Report on sanitation, dispensaries, and jails in Rajputana for 1909, and on vaccination for the year 1909-1910 - 1909-1910
Year: 1909
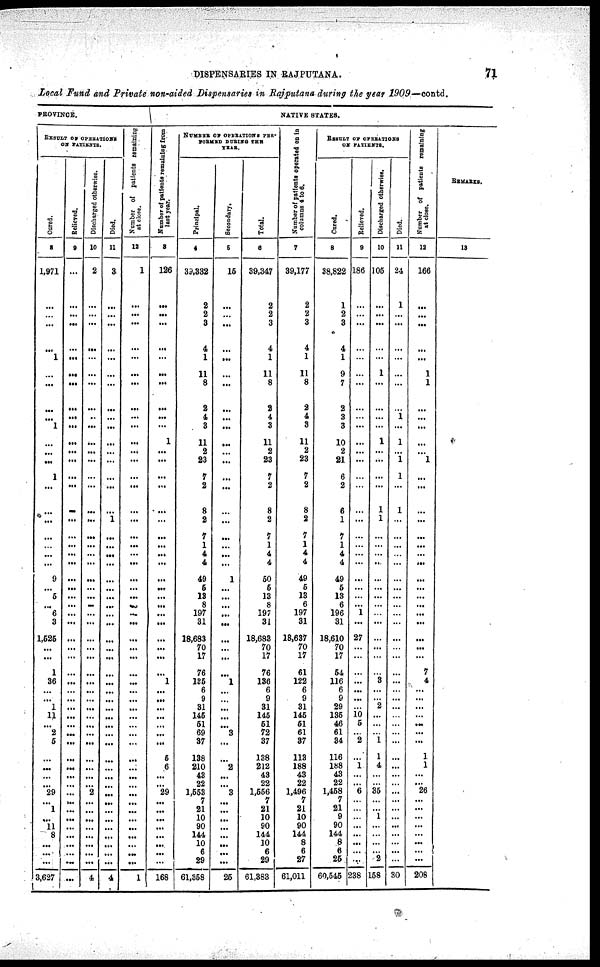
DISPENSARIES IN RAJPUTANA.
71
Local Fund and Private non-aided Dispensaries in Rajputana during the year 1909—contd.
PROVINCE.
RESULT OF OPERATIONS
ON PATIENTS.
Cured.
8
1,971
...
...
...
...
1
...
...
...
...
1
...
...
...
1
...
...
...
...
...
...
...
9
...
5
...
6
3
1,525
...
...
1
36
...
...
1
11
...
2
5
...
...
...
...
29
...
1
...
11
8
...
...
...
3,627
Relieved.
9
...
...
...
...
...
...
...
...
...
...
...
...
...
...
...
...
...
...
...
...
...
...
...
...
...
...
...
...
...
...
...
...
...
...
...
...
...
...
...
...
...
...
...
...
...
...
...
...
...
...
...
...
...
...
Discharged otherwise.
10
2
...
...
...
...
...
...
...
...
...
...
...
...
...
...
...
...
...
...
...
...
...
...
...
...
...
...
...
...
...
...
...
...
...
...
...
...
...
...
...
...
...
...
...
2
...
...
...
...
...
...
...
...
4
Died.
11
3
...
...
...
...
...
...
...
...
...
...
...
...
...
...
...
...
1
...
...
...
...
...
...
...
...
...
...
...
...
...
...
...
...
...
...
...
...
...
...
...
...
...
...
...
...
...
...
...
...
...
...
...
4
Number of patients remaining
at
close.
12
1
...
...
...
...
...
...
...
...
...
...
...
...
...
...
...
...
...
...
...
...
...
...
...
...
...
...
...
...
...
...
...
...
...
...
...
...
...
...
...
...
...
...
...
...
...
...
...
...
...
...
...
...
1
NATIVE STATES.
Number if patients remaining from
last
year.
3
126
...
...
...
...
...
...
...
...
...
...
1
...
...
...
...
...
...
...
...
...
...
...
...
...
...
...
...
...
...
...
...
1
...
...
...
...
...
...
...
5
6
...
...
29
...
...
...
...
...
...
...
...
168
NUMBER OF OPERATIONS PER¬
FORMED DURING THE
YEAR.
Principal.
4
39,332
2
2
3
4
1
11
8
2
4
3
11
2
23
7
2
8
2
7
1
4
4
49
5
18
8
197
31
18,683
70
17
76
125
6
9
31
145
51
69
37
138
210
43
22
1,553
7
21
10
90
144
10
6
29
61,358
Secondary.
5
15
...
...
...
...
...
...
...
...
...
...
...
...
...
...
...
...
...
...
...
...
...
1
...
...
...
...
...
...
...
...
...
1
...
...
...
...
...
3
...
...
2
...
...
3
...
...
...
...
...
...
...
...
25
Total.
6
39,347
2
2
3
4
1
11
8
2
4
3
11
2
23
7
2
8
2
7
1
4
4
60
5
13
8
197
31
18,683
70
17
76
136
6
9
31
145
51
72
37
138
212
43
22
1,556
7
21
10
90
144
10
6
29
61,383
Number
of patients operated on in
columns 4 to 6.
7
39,177
2
2
3
4
1
11
8
2
4
3
11
2
23
7
2
8
2
7
1
4
4
49
5
13
6
197
31
18,637
70
17
61
122
6
9
31
145
51
61
37
113
188
43
22
1,496
7
21
10
90
144
8
6
27
61,011
RESULT OF OPERATIONS
ON PATIENTS.
Cored.
8
38,822
1
2
3
4
1
9
7
2
3
3
10
2
21
6
2
6
1
7
1
4
4
49
5
13
6
196
31
18,610
70
17
54
116
6
9
29
135
46
61
34
116
188
43
22
1,458
7
21
9
90
144
8
6
25
60,545
Relieved.
9
186
...
...
...
...
...
...
...
...
...
...
...
...
...
...
...
...
...
...
...
...
...
...
...
...
...
1
...
27
...
...
...
...
...
...
...
10 5
...
2
...
1
...
...
6
...
...
...
...
...
...
...
...
238
Dicharged otherwise.
10
105
...
...
...
...
...
1
...
...
...
...
1
...
...
...
...
1
1
...
...
...
...
...
...
...
...
...
...
...
...
...
...
3
...
...
2
...
...
...
1
1
4
...
...
35
...
...
1
...
...
...
...
2
158
Died.
11
24
1
...
...
...
...
...
...
...
1
...
1
...
1
1
...
1
...
...
...
...
...
...
...
...
...
...
...
...
...
...
...
...
...
...
...
...
...
...
...
...
...
...
...
...
...
...
...
...
...
...
...
...
30
Number of patients remaining
at
close.
12
166
...
...
...
...
...
1
1
...
...
...
...
...
1
...
...
...
...
...
...
...
...
...
...
...
...
...
...
...
...
...
7
4
...
...
...
...
...
...
...
1
1
...
...
26
...
...
...
...
...
...
...
...
208
REMARKS.
13